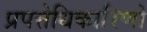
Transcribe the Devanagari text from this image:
प्रपत्तेधिकारिणों